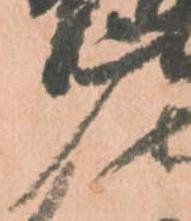
广